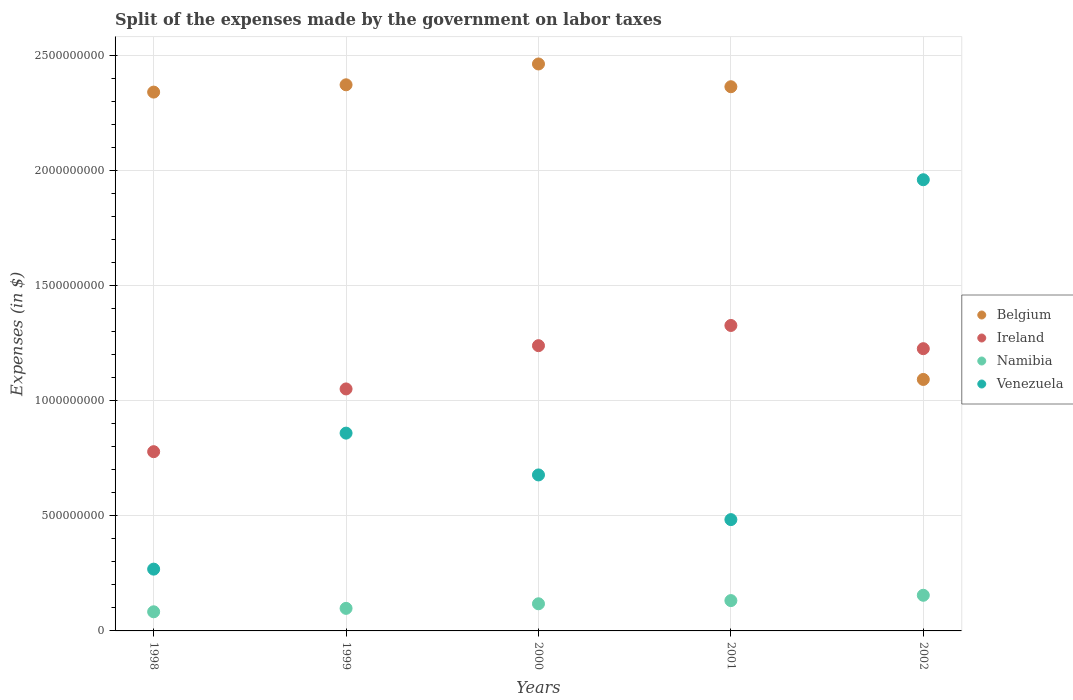
| Years | Belgium | Ireland | Namibia | Venezuela |
 | --- | --- | --- | --- | --- |
 | 1998 | 2.34e+09 | 7.79e+08 | 8.31e+07 | 2.68e+08 |
 | 1999 | 2.37e+09 | 1.05e+09 | 9.8e+07 | 8.59e+08 |
 | 2000 | 2.46e+09 | 1.24e+09 | 1.18e+08 | 6.78e+08 |
 | 2001 | 2.36e+09 | 1.33e+09 | 1.32e+08 | 4.84e+08 |
 | 2002 | 1.09e+09 | 1.23e+09 | 1.55e+08 | 1.96e+09 |